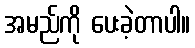
အမည်ကို ပေးခဲ့တာပါ။